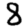
Digit: 8